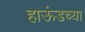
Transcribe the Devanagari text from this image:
हाऊंडच्या